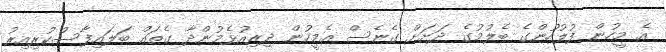
އެ މީހުން ފުލުހުންގެ ބެލުމުގެ ދަށަށް ގެނެސް އެމީހުން ދިރިއުޅެމުންދާ ގެތައް ބަލައިފާސްކުރިއިރު